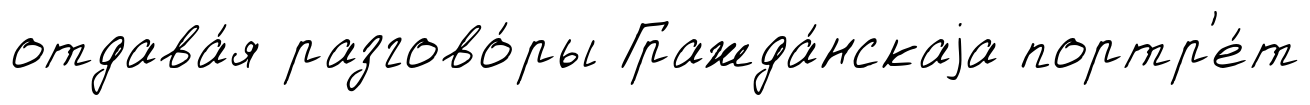
отдава́я разгово́ры Гражда́нскаjа портр'е́т